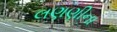
લણણીના